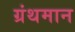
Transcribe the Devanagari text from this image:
ग्रंथमान